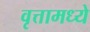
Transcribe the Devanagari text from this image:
वृत्तामध्ये